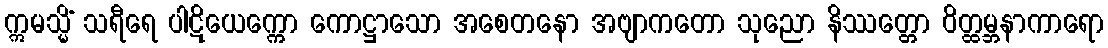
ဣမသ္မိံ သရီရေ ပါဋိယေက္ကော ကောဋ္ဌာသော အစေတနော အဗျာကတော သုညော နိဿတ္တော ဝိတ္ထမ္ဘနာကာရော